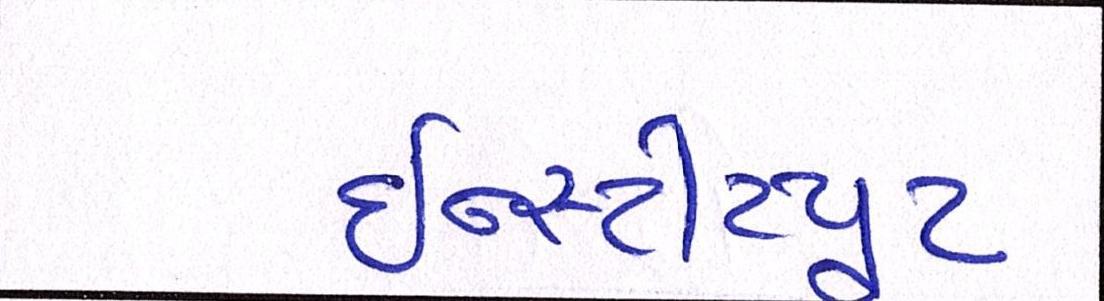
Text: ઇન્સ્ટીટયૂટ